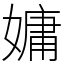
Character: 嫞